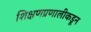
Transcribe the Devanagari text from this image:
शिक्षणप्रणालीकडून